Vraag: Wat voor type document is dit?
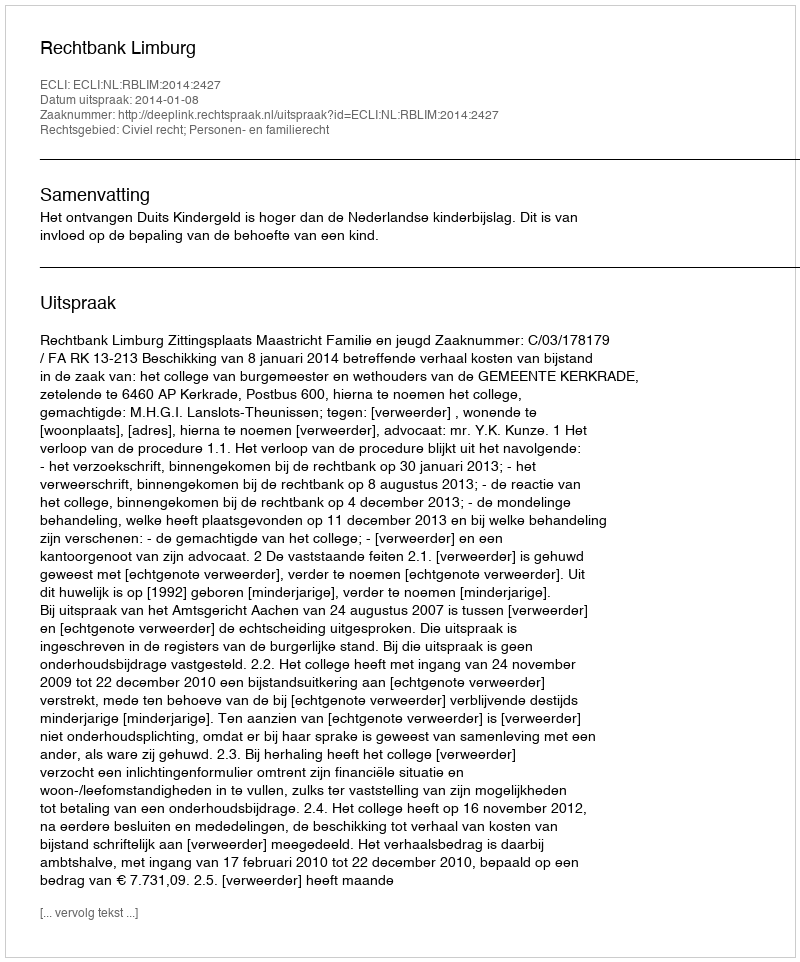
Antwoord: Uitspraak